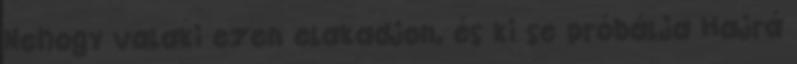
Nehogy valaki ezen elakadjon, és ki se próbálja Hajrá